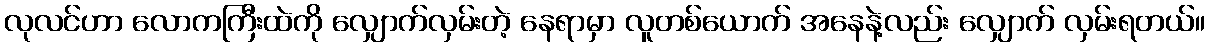
လုလင်ဟာ လောကကြီးထဲကို လျှောက်လှမ်းတဲ့ နေရာမှာ လူတစ်ယောက် အနေနဲ့လည်း လျှောက် လှမ်းရတယ်။